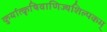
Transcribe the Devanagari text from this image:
कुर्यात्कृषिवाणिज्यशिल्पकम्